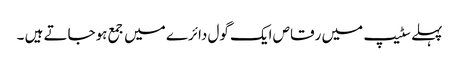
پہلے سٹیپ میں رقاص ایک گول دائرے میں جمع ہوجاتے ہیں ۔